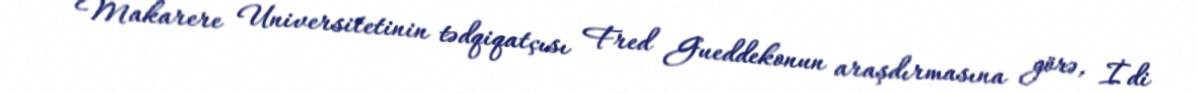
Makarere Universitetinin tədqiqatçısı Fred Gueddekonun araşdırmasına görə, İdi